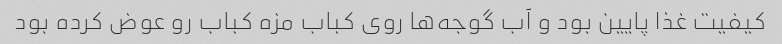
کیفیت غذا پایین بود و آب گوجه‌ها روی کباب مزه کباب رو عوض کرده بود